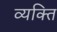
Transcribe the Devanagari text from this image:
व्‍यक्त्‍िा